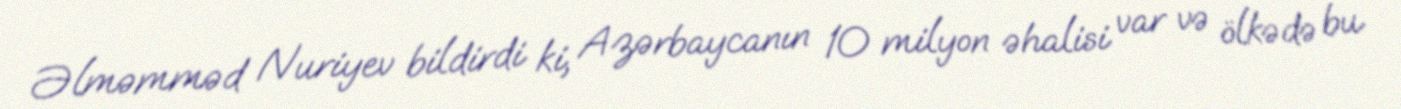
Əlməmməd Nuriyev bildirdi ki, Azərbaycanın 10 milyon əhalisi var və ölkədə bu